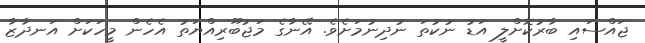
ޖައްސައި ބާރުކޮށްލީ އަޑު ނުކުތަ ނުދިނުމަށެވެ. އޭނާގެ މަޖުބޫރިއްޔަތު އެހެން މީހަކަށް އަނދާޒާ